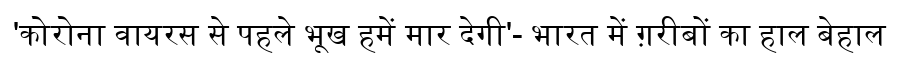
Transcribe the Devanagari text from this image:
'कोरोना वायरस से पहले भूख हमें मार देगी'- भारत में ग़रीबों का हाल बेहाल